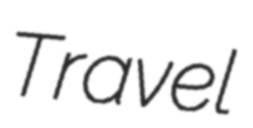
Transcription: Travel